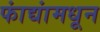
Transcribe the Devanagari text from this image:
फांद्यांमधून